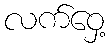
လက်ဝှေ့